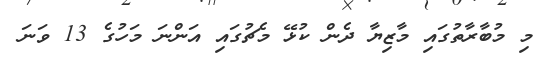
މި މުބާރާތުގައި މާޒިޔާ ދެން ކުޅޭ މެޗުގައި އަންނަ މަހުގެ 13 ވަނަ